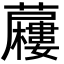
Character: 𮓍